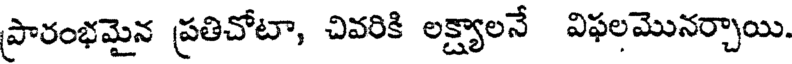
ప్రారంభమైన ప్రతిచోటా, చివరికి లక్ష్యాలనే విఫలమొనర్చాయి.